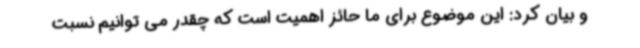
و بیان کرد: این موضوع برای ما حائز اهمیت است که چقدر می توانیم نسبت